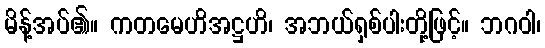
မိန့်အပ်၏။ ကတမေဟိအဋ္ဌဟိ၊ အဘယ်ရှစ်ပါးတို့ဖြင့်။ ဘဂဝါ၊